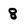
Character: 8